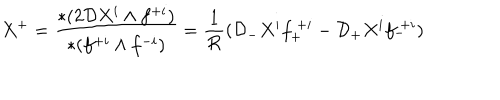
X ^ { + } = { \frac { * ( 2 { \cal D } X ^ { i } \wedge f ^ { + i } ) } { * ( f ^ { + i } \wedge f ^ { - i } ) } } = { \frac { 1 } { \cal R } } ( { \cal D } _ { - } X ^ { i } f _ { + } ^ { ~ + i } - { \cal D } _ { + } X ^ { i } f _ { - } ^ { ~ + i } )